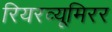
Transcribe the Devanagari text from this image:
रियरव्यूमिरर